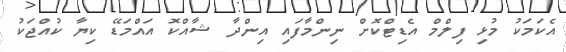
އެކަމަކު މުޅި ފިލްމް އެޑިޓްކޮށް ނިންމާފައި އިންދާ ޝާއްކޮ އައްމަޑޭ ކިޔާ ކުއްޖަކު